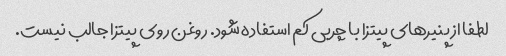
لطفا از پنیرهای پیتزا با چربی کم استفاده شود. روغن روی پیتزا جالب نیست.